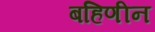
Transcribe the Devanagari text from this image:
बहिणीन